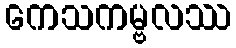
ကေသကမ္ဗလဿ